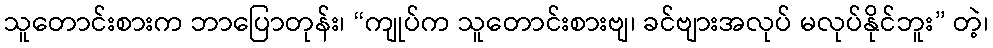
သူတောင်းစားက ဘာပြောတုန်း၊ “ကျုပ်က သူတောင်းစားဗျ၊ ခင်ဗျားအလုပ် မလုပ်နိုင်ဘူး” တဲ့၊